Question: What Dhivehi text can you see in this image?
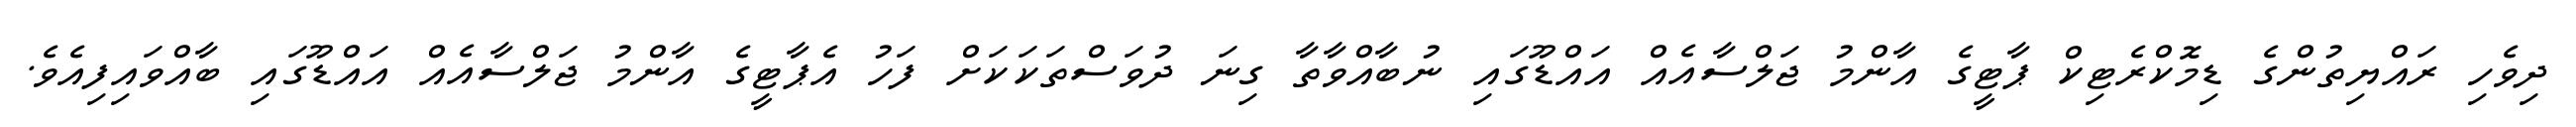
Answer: ދިވެހި ރައްޔިތުންގެ ޑިމޮކްރެޓިކް ޕާޓީގެ އާންމު ޖަލްސާއެއް އައްޑޫގައި ނުބާއްވާތާ ގިނަ ދުވަސްތަކަކަށް ފަހު އެޕާޓީގެ އާންމު ޖަލްސާއެއް އައްޑޫގައި ބާއްވައިފިއެވެ.